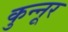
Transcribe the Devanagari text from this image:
कुन्नूर